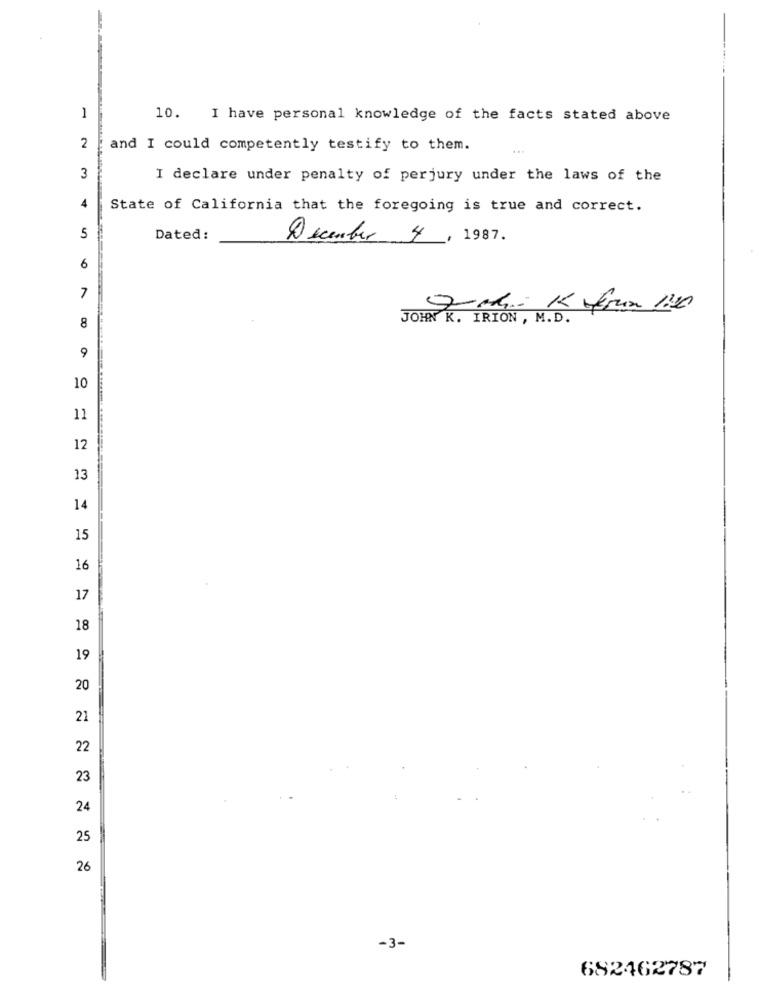
--
10. I have personal knowledge of the facts stated above
2
and I could competently testify to them.
3
I declare under penalty of perjury under the laws of the
4
State of California that the foregoing is true and correct.
5
Dated :
December 4, 1987.
6
7
JOHN K. IRION , M.D.
8
9
10
11
12
13
14
15
16
17
18
19
20
21
22
23
24
25
26
-3-
682462787